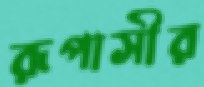
রূপাসীর